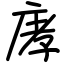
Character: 庨